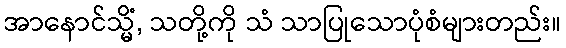
အာနောင်သ္မိံ, သတို့ကို သံ သာပြုသောပုံစံများတည်း။